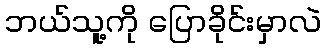
ဘယ်သူ့ကို ပြောခိုင်းမှာလဲ